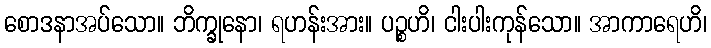
စောဒနာအပ်သော။ ဘိက္ခုနော၊ ရဟန်းအား။ ပဉ္စဟိ၊ ငါးပါးကုန်သော။ အာကာရေဟိ၊